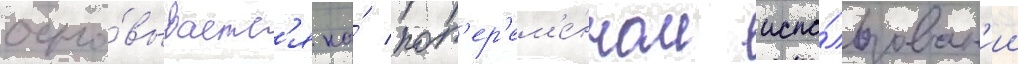
осно́вываетс'я на́ поп'ер'ем'е́нном испо́льзован'ии